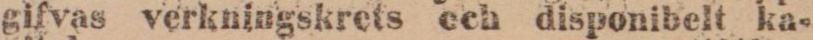
gifvas verkningskrets och disponibelt ka-